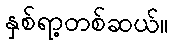
နှစ်ရာ့တစ်ဆယ်။